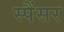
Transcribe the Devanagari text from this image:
स्पैंसर